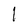
Character: 1